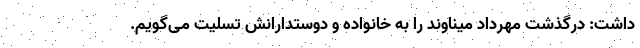
داشت: درگذشت مهرداد میناوند را به خانواده و دوستدارانش تسلیت می‌گویم.